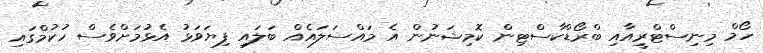
ހޯމް މިނިސްޓްރީއާއި ބްރޯޑްކާސްޓިން ކޮމިޝަނުން އެ މައްސަލައެއް ބަލައި ފިޔަވަޅު އެޅުމަށްވެސް ހުކުމްގައި